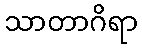
သာတာဂိရာ